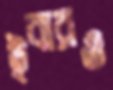
ইবারও